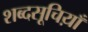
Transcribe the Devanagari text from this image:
शब्दसूचिय़ाँ